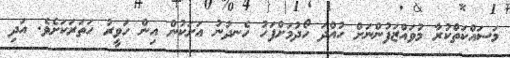
މަސައްކަތްކުރާ މުވައްޒަފުންނަށް ހުއްދަ ހޯދުމަށްފަހު ހެނދުނު އަށަކުން އިން ހަވީރު ހަތަރަކަށެވެ. އަދި